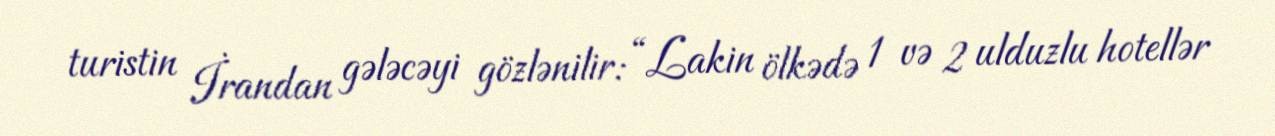
turistin İrandan gələcəyi gözlənilir: “Lakin ölkədə 1 və 2 ulduzlu hotellər